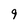
Character: 9